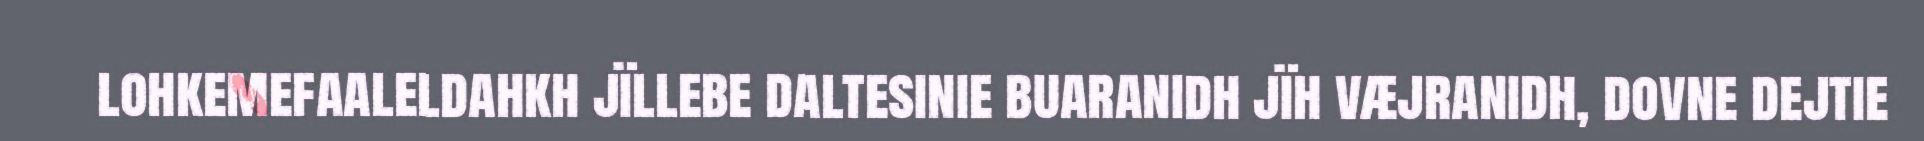
lohkemefaaleldahkh jïllebe daltesinie buaranidh jïh væjranidh, dovne dejtie